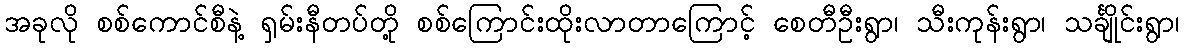
အခုလို စစ်ကောင်စီနဲ့ ရှမ်းနီတပ်တို့ စစ်ကြောင်းထိုးလာတာကြောင့် စေတီဦးရွာ၊ သီးကုန်းရွာ၊ သင်္ချိုင်းရွာ၊